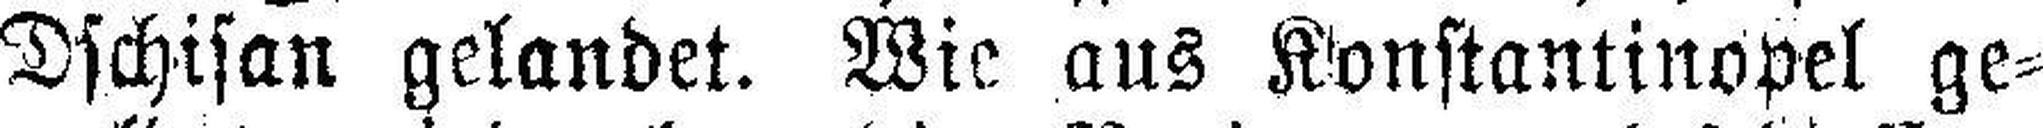
Dschisan gelandet. Wie aus Konstantinopel ge¬